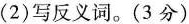
(2)写反义词。(3分)